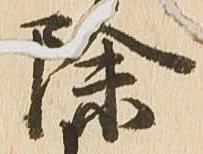
除